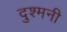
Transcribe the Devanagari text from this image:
दुश्‍मनी